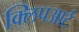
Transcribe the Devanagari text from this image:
क्लिपआर्ट